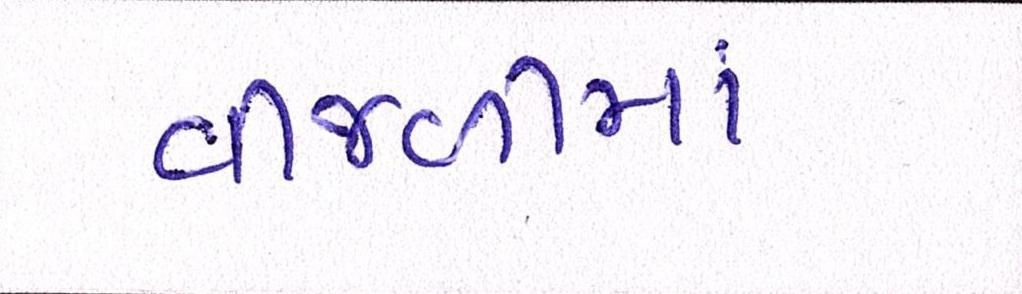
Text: વીજળીમાં